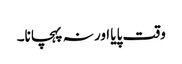
وقت پایا اور نہ پہچانا۔